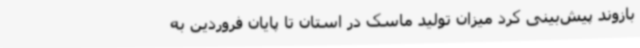
بازوند پیش‌بینی کرد میزان تولید ماسک در استان تا پایان فروردین به